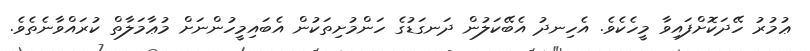
ޢުމުރު ހޭދަކޮށްފައިވާ މީހެކެވެ. އެހިނދު އެބޭކަލުން ދަނގަޑުގެ ހަންމުށިތަކުން އެބައިމީހުންނަށް މުޢާމަލާތް ކުރައްވާނެތެވެ.